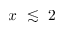
x ~ \lesssim ~ 2